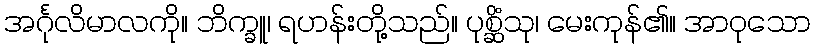
အင်္ဂုလိမာလကို။ ဘိက္ခူ၊ ရဟန်းတို့သည်။ ပုစ္ဆိံသု၊ မေးကုန်၏။ အာဝုသော